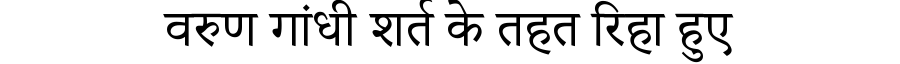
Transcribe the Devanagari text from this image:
वरुण गांधी शर्त के तहत रिहा हुए